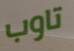
تاوب